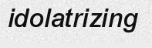
idolatrizing